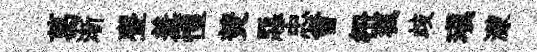
葛渐亹羞惶焚惡忠曾杻楓歧瑱濛